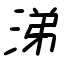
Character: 涕